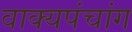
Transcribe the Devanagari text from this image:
वाक्यपंचांग